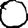
Digit: 0